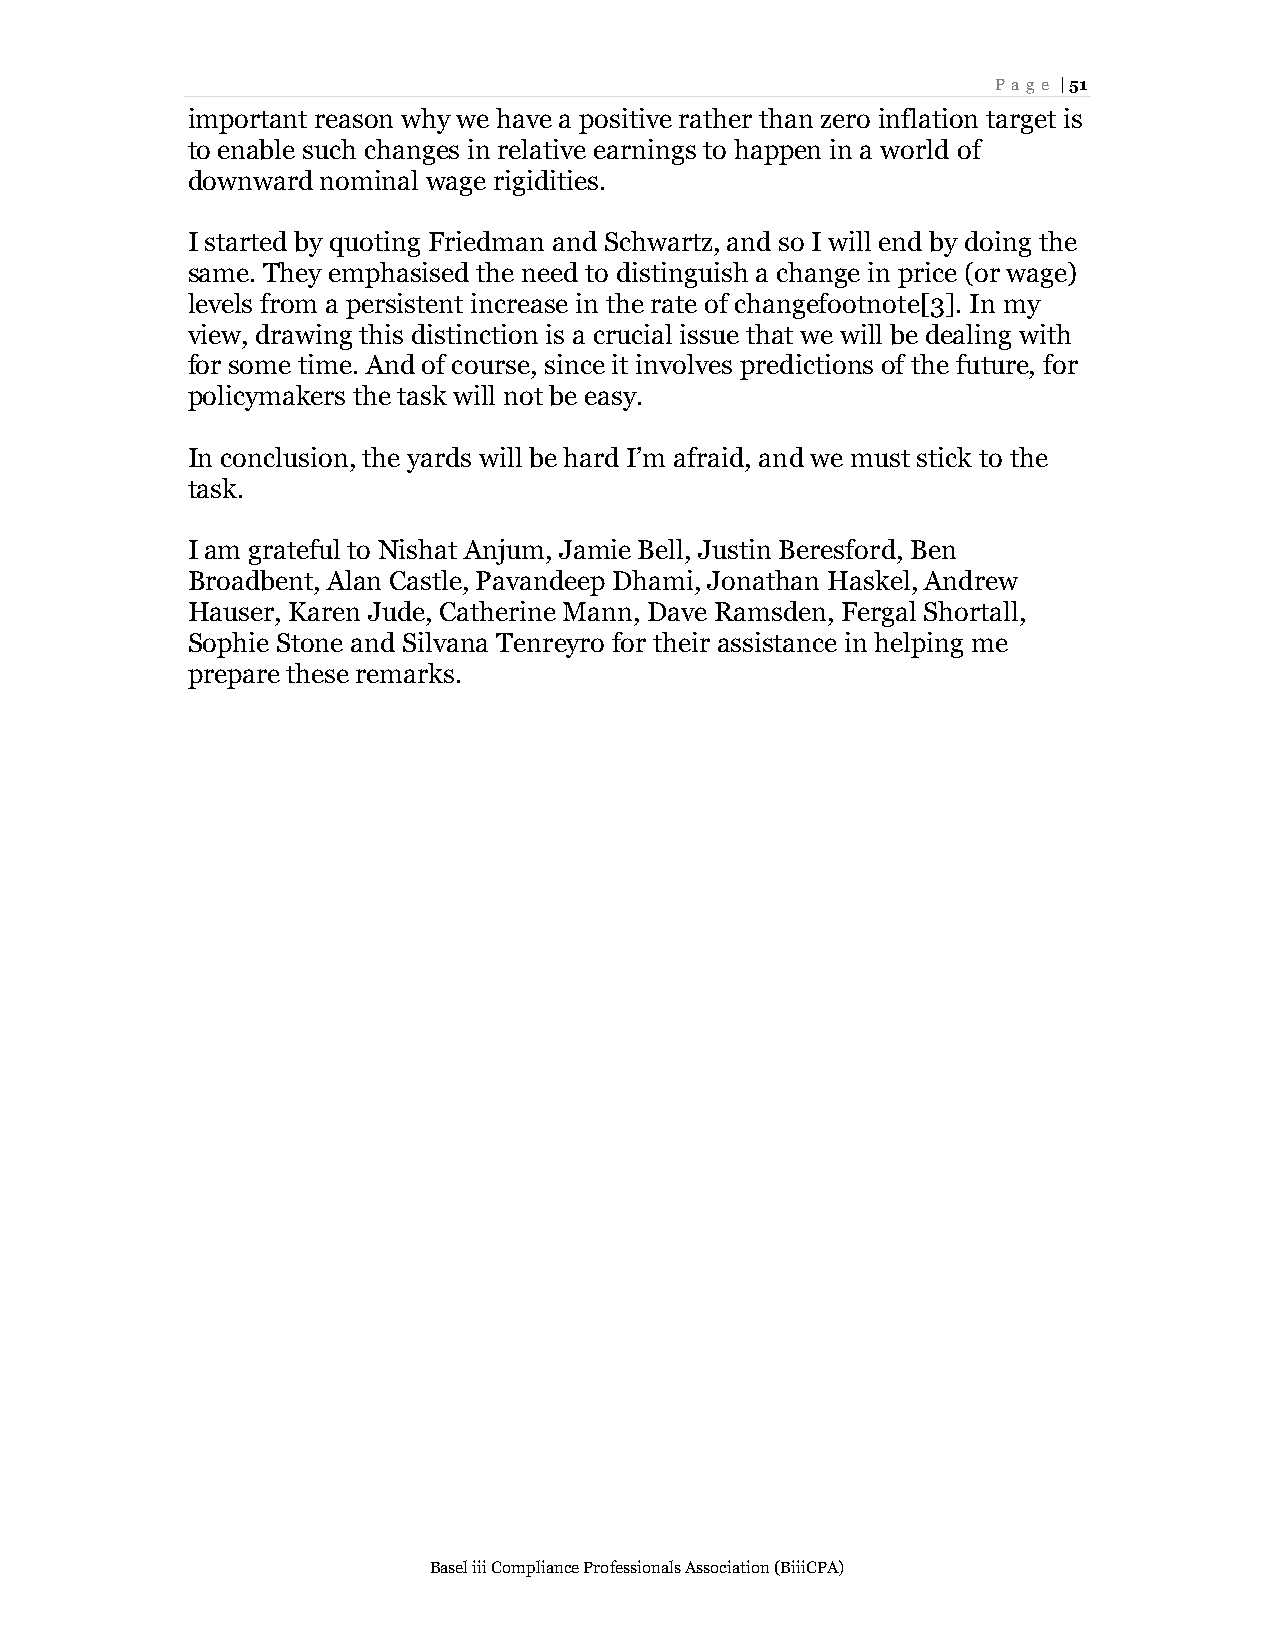
Page | 51
 important reason why we have a positive rather than zero inflation target is
 to enable such changes in relative earnings to happen in a world of
 downward nominal wage rigidities.
 I started by quoting Friedman and Schwartz, and so I will end by doing the
 same. They emphasised the need to distinguish a change in price (or wage)
 levels from a persistent increase in the rate of changefootnote[3]. In my
 view, drawing this distinction is a crucial issue that we will be dealing with
 for some time. And of course, since it involves predictions of the future, for
 policymakers the task will not be easy.
 In conclusion, the yards will be hard I’m afraid, and we must stick to the
 task.
 I am grateful to Nishat Anjum, Jamie Bell, Justin Beresford, Ben
 Broadbent, Alan Castle, Pavandeep Dhami, Jonathan Haskel, Andrew
 Hauser, Karen Jude, Catherine Mann, Dave Ramsden, Fergal Shortall,
 Sophie Stone and Silvana Tenreyro for their assistance in helping me
 prepare these remarks.
 Basel iii Compliance Professionals Association (BiiiCPA)